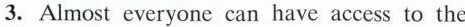
3.Almost everyone can have access to the